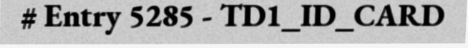
# Entry 5285 - TD1_ID_CARD